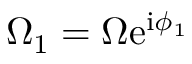
\Omega _ { 1 } = \Omega \mathrm { e } ^ { \mathrm { i } \phi _ { 1 } }